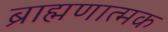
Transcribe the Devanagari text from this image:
ब्राह्मणात्मक